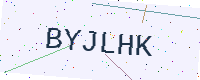
Text: BYJLHK